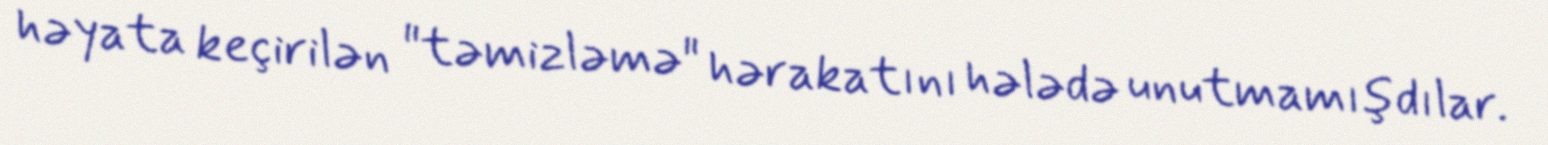
həyata keçirilən "təmizləmə" hərakatını hələdə unutmamışdılar.